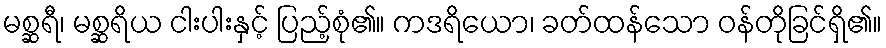
မစ္ဆရီ၊ မစ္ဆရိယ ငါးပါးနှင့် ပြည့်စုံ၏။ ကဒရိယော၊ ခတ်ထန်သော ဝန်တိုခြင်ရှိ၏။